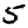
Digit: 5